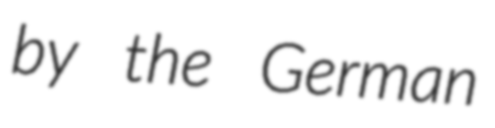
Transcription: by the German